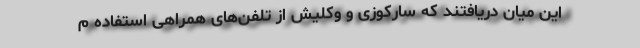
این میان دریافتند که سارکوزی و وکلیش از تلفن‌های همراهی استفاده م